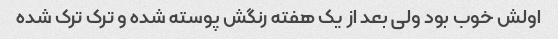
اولش خوب بود ولی بعد از یک هفته رنگش پوسته شده و ترک ترک شده